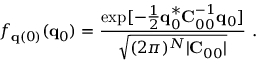
f _ { { \bf q } ( 0 ) } ( { \bf q } _ { 0 } ) = \frac { \exp [ - \frac { 1 } { 2 } { \bf q } _ { 0 } ^ { * } { \bf C } _ { 0 0 } ^ { - 1 } { \bf q } _ { 0 } ] } { \sqrt { ( 2 \pi ) ^ { N } | { \bf C } _ { 0 0 } | } } \mathrm { ~ . ~ }